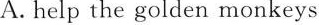
A.help the golden monkeys